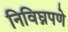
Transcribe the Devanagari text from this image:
निविघ्नपणे